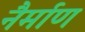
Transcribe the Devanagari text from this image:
नैर्माण